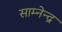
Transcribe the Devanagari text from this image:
साम्नेन्द्र